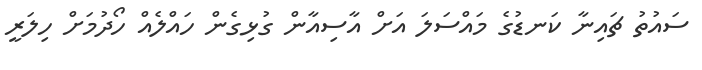
ސައުތު ޗައިނާ ކަނޑުގެ މައްސަލަ އަށް އާސިއާން ގުޅިގެން ހައްލެއް ހޯދުމަށް ހިލަރީ